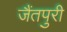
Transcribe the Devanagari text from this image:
जैंतपुरी